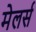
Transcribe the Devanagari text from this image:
मेलर्स